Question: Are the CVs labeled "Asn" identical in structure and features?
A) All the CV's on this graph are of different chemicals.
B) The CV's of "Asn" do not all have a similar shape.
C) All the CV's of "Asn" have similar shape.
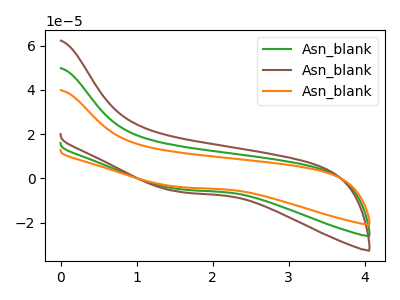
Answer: <think>The green curve "Asn_blank1" has no peaks. The brown curve "Asn_blank2" has no peaks. The orange curve "Asn_blank3" has no peaks.
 Neither "Asn_blank1" or "Asn_blank2" have any peaks. Neither "Asn_blank1" or "Asn_blank3" have any peaks. Neither "Asn_blank2" or "Asn_blank3" have any peaks.</think>
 <answer>C) All the CV's of "Asn" have similar shape.</answer>
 <eval>C</eval>